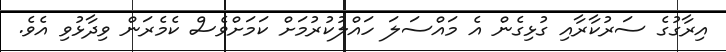
އިރާގުގެ ސަރުކާރާއި ގުޅިގެން އެ މައްސަލަ ހައްލުކުރުމަށް ކަމަށްވެސް ކެމެރަން ވިދާޅުވި އެވެ.